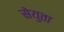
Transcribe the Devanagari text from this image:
सेयुता